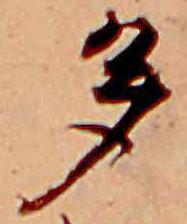
多